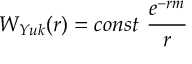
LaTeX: W _ { Y u k } ( r ) = c o n s t \ \frac { e ^ { - r m } } { r }